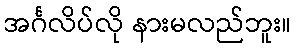
အင်္ဂလိပ်လို နားမလည်ဘူး။